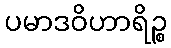
ပမာဒဝိဟာရိဉ္စ